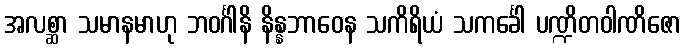
အလစ္ဆာ သမာနမာဟု ဘဝင်္ဂါနိ နိန္နဘာဝေန သကိရိယံ သကင်္ခေါ ပဏ္ဍိတဝါဏိဇော